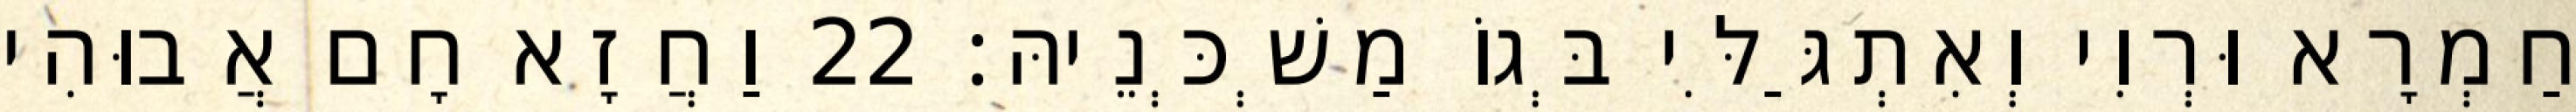
חַמְרָא וּרְוִי וְאִתְגַּלִּי בְּגוֹ מַשְׁכְּנֵיהּ׃ 22 וַחֲזָא חָם אֲבוּהִי